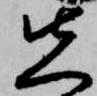
先